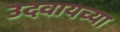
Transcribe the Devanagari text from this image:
उदवायच्या